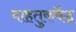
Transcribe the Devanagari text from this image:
वाहतुककेंद्र